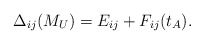
\begin{align*}{\Delta_{ij} (M_U)= {E_{ij}}+ F_{ij} (t_A)}.\end{align*}